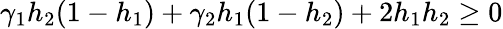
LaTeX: \gamma_{1}h_{2}(1-h_{1})+\gamma_{2}h_{1}(1-h_{2})+2h_{1}h_{2}\geq 0